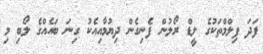
ފަދަ ފިލްމްތަކުގެ ލީޑް ރޯލުން ފެނިގެން ދިޔުމާއިއެކު ގިނަ ބައެއްގެ ލޯބި މި